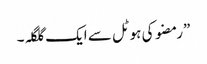
”رمضو کی ہوٹل سے ایک گلگلہ۔